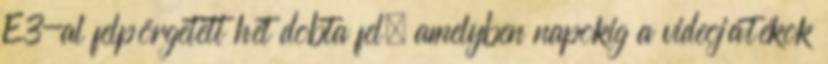
E3-al felpörgetett hét dobta fel, amelyben napokig a videojátékok